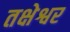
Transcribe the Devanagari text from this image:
तक्षेश्वर